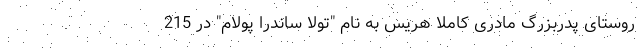
روستای پدربزرگ مادری کاملا هریس به نام "تولا ساندرا پولام" در 215